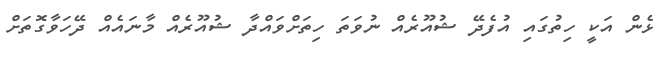
ޅެން އަކީ ހިތުގައި އުފެދޭ ޝުއޫރެއް ނުވަތަ ހިތަށްވައްދާ ޝުއޫރެއް މާނައެއް ދޭހަވާގޮތަށް